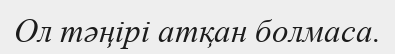
Ол тәңірі атқан болмаса.